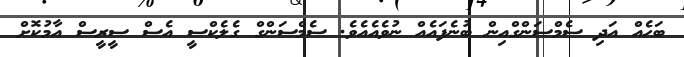
ބަހެއް އަދި ސެމްސަންގްއިން ބުނެފައެއް ނުވެއެއެވެ. ސެމްސަންގް ގެލެކްސީ އެސް ސީރީސް އާމުކޮށް